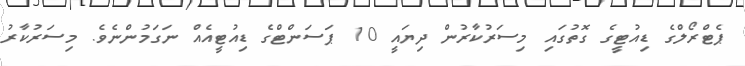
ޕެޓްރޯލްގެ ޑިއުޓީގެ ގޮތުގައި މިސަރުކާރުން ދިޔައީ 10 ޕަސަންޓްގެ ޑިއުޓީއެއް ނަގަމުންނެވެ. މިސަރުކާރު